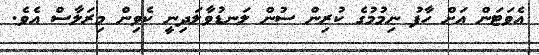
އެވަޓަން އަށް ހާފު ނިމުމުގެ ކުރިން ސުން ލަނޑުވާލަދިނީ ކެވިން މިރަލާސް އެވެ.